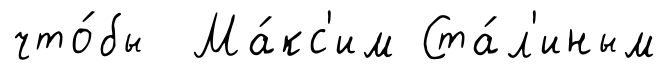
что́бы Ма́кс'им Ста́л'иным